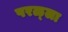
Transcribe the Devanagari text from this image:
परळ्ला